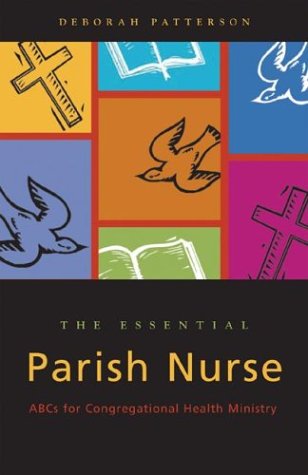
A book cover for The Essential Parish Nurse: ABCs for Congregational Health Ministry; Deborah Patterson; Medical Books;